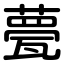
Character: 甍